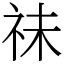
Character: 祙